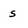
Character: s